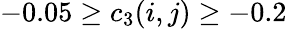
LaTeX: -0.05\geq c_{3}(i,j)\geq-0.2